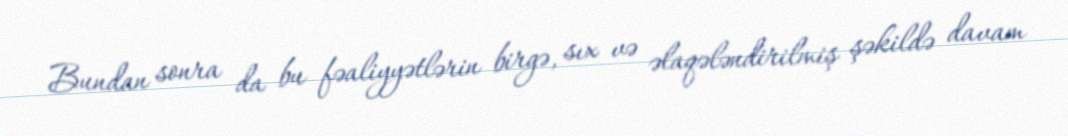
Bundan sonra da bu fəaliyyətlərin birgə, sıx və əlaqələndirilmiş şəkildə davam